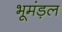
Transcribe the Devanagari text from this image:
भूमंड़ल